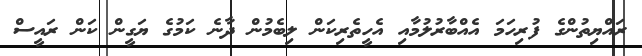
ރައްޔިތުންގެ ފުރިހަމަ އެއްބާރުލުމާއި އެހީތެރިކަން ލިބެމުން ދާނެ ކަމުގެ ޔަގީން ކަން ރައީސް